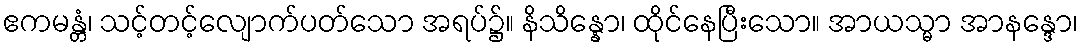
ဧကမန္တံ၊ သင့်တင့်လျောက်ပတ်သော အရပ်၌။ နိသိန္နော၊ ထိုင်နေပြီးသော။ အာယသ္မာ အာနန္ဒော၊